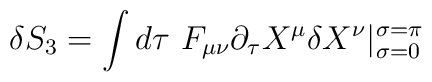
\delta S_3=\int d\tau\ F_{\mu\nu}\partial_\tau X^\mu\delta X^\nu|_{\sigma=0}^{\sigma=\pi}